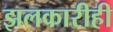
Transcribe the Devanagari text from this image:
झलकारीही